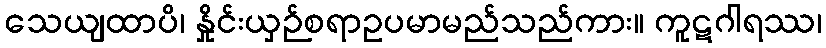
သေယျထာပိ၊ နှိုင်းယှဉ်စရာဥပမာမည်သည်ကား။ ကူဋဂါရဿ၊